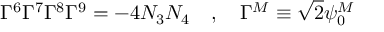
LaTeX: \Gamma ^ { 6 } \Gamma ^ { 7 } \Gamma ^ { 8 } \Gamma ^ { 9 } = - 4 N _ { 3 } N _ { 4 } ~ ~ ~ , ~ ~ ~ \Gamma ^ { M } \equiv \sqrt { 2 } \psi _ { 0 } ^ { M }